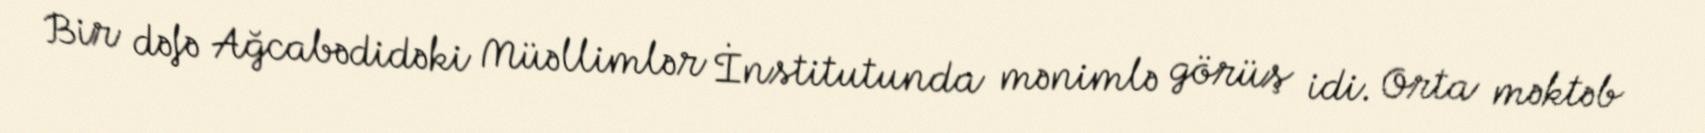
Bir dəfə Ağcabədidəki Müəllimlər İnstitutunda mənimlə görüş idi. Orta məktəb